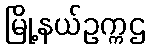
မြို့နယ်ဥက္ကဌ